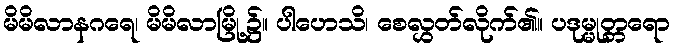
မိမိလာနဂရေ၊ မိမိလာမြို့၌။ ပါဟေသိ၊ စေလွှတ်လိုက်၏။ ပဒုမ္မုတ္တရော